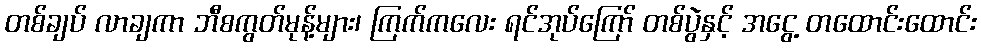
တစ်ချပ် လာချကာ ဘီစကွတ်မုန့်များ၊ ကြက်ကလေး ရင်အုပ်ကြော် တစ်ပွဲနှင့် အငွေ့ တထောင်းထောင်း